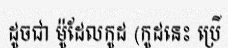
ដូចជា ម៉ូដែលកូដ (កូដនេះ ប្រើ